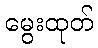
မွေးထုတ်